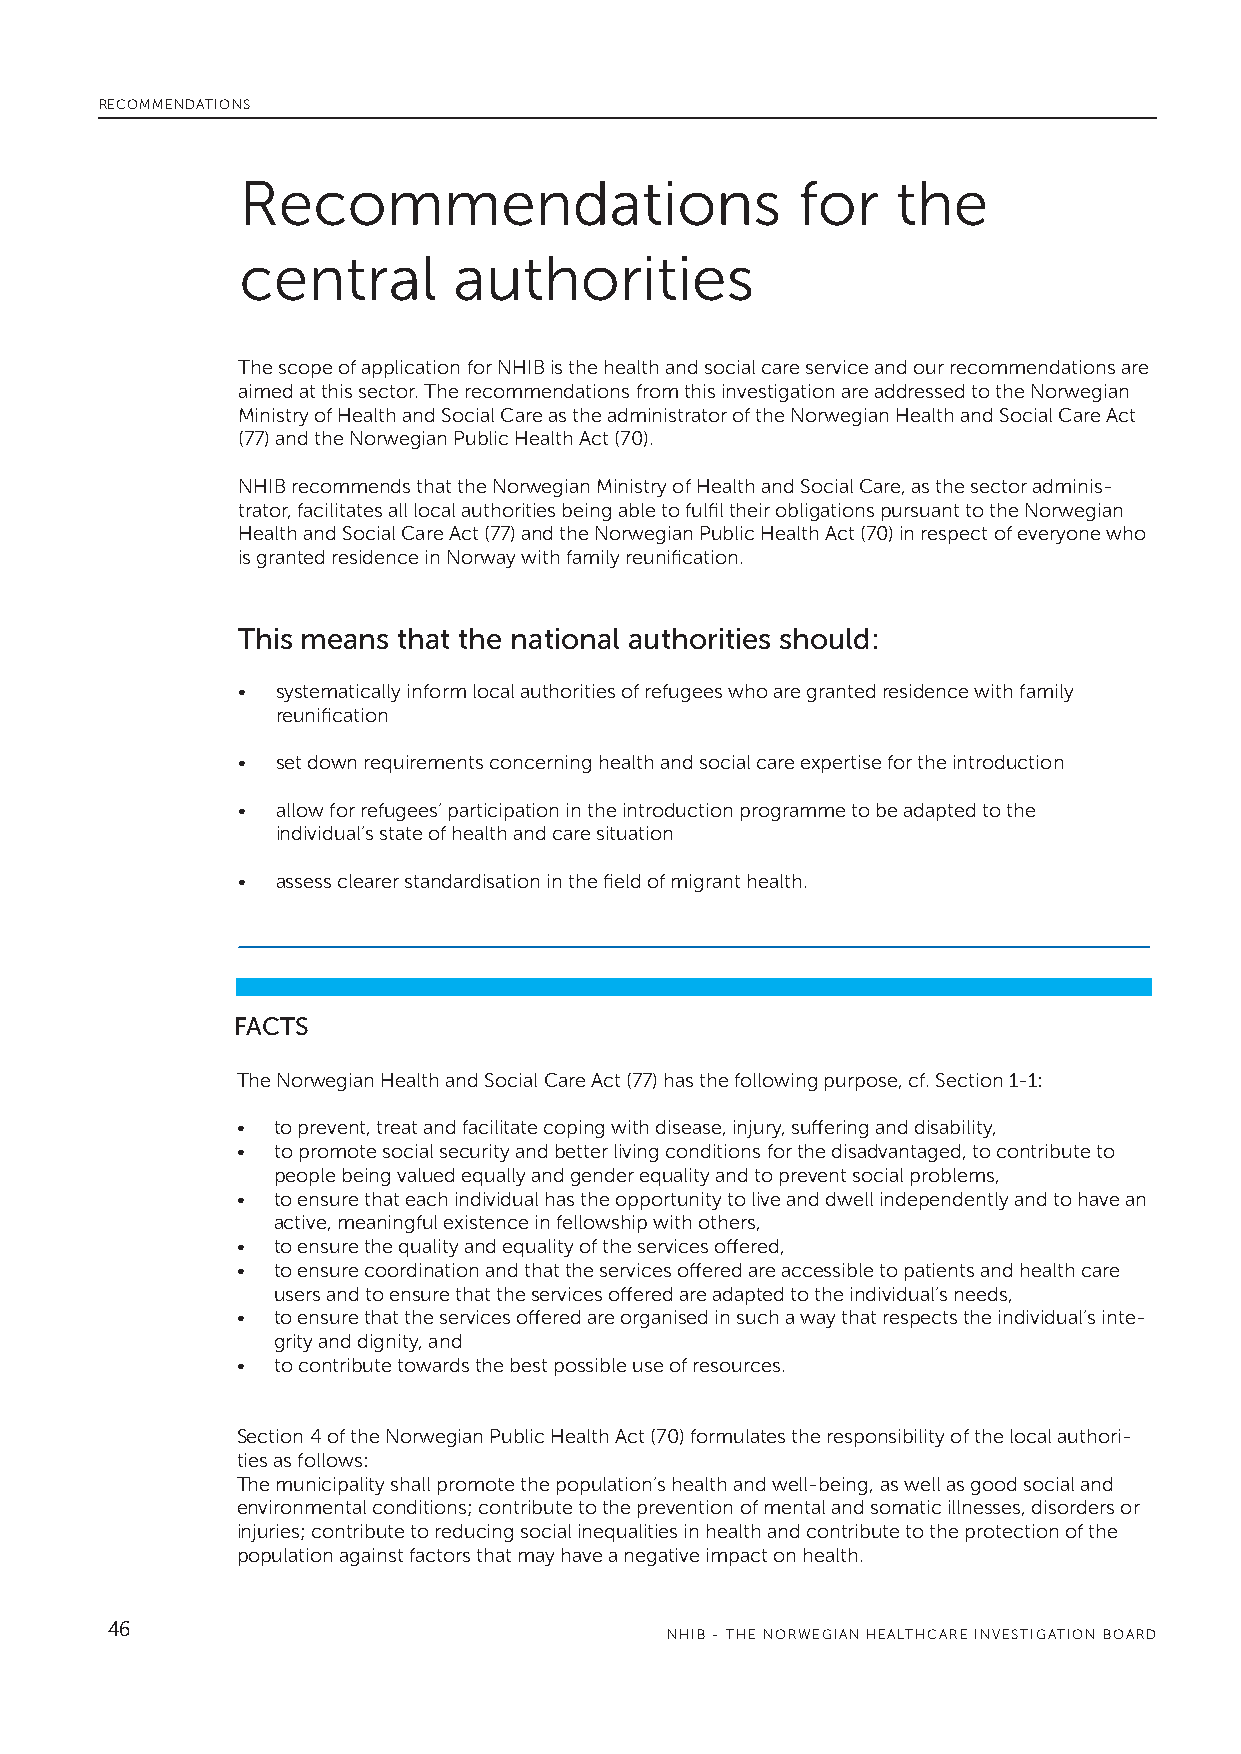
RECOMMENDATIONS
 Recommendations                      for   the
 central       authorities
 The scope of application for NHIB is the health and social care service and our recommendations are
 aimed at this sector. The recommendations from this investigation are addressed to the Norwegian
 Ministry of Health and Social Care as the administrator of the Norwegian Health and Social Care Act
 (77) and the Norwegian Public Health Act (70).
 NHIB recommends that the Norwegian Ministry of Health and Social Care, as the sector adminis-
 trator, facilitates all local authorities being able to fulfil their obligations pursuant to the Norwegian
 Health and Social Care Act (77) and the Norwegian Public Health Act (70) in respect of everyone who
 is granted residence in Norway with family reunification.
 This means that the national authorities should:
 • systematically inform local authorities of refugees who are granted residence with family
 • reunification
 •
 • set down requirements concerning health and social care expertise for the introduction
 • allow for refugees’ participation in the introduction programme to be adapted to the
 individual’s state of health and care situation
 •
 • assess clearer standardisation in the field of migrant health.
 •
 FACTS
 The Norwegian Health and Social Care Act (77) has the following purpose, cf. Section 1-1:
 • to prevent, treat and facilitate coping with disease, injury, suffering and disability,
 • to promote social security and better living conditions for the disadvantaged, to contribute to
 people being valued equally and gender equality and to prevent social problems,
 • to ensure that each individual has the opportunity to live and dwell independently and to have an
 active, meaningful existence in fellowship with others,
 • to ensure the quality and equality of the services offered,
 • to ensure coordination and that the services offered are accessible to patients and health care
 users and to ensure that the services offered are adapted to the individual’s needs,
 • to ensure that the services offered are organised in such a way that respects the individual’s inte-
 grity and dignity, and
 • to contribute towards the best possible use of resources.
 •
 Section 4 of the Norwegian Public Health Act (70) formulates the responsibility of the local authori-
 ties as follows:
 The municipality shall promote the population’s health and well-being, as well as good social and
 environmental conditions; contribute to the prevention of mental and somatic illnesses, disorders or
 injuries; contribute to reducing social inequalities in health and contribute to the protection of the
 population against factors that may have a negative impact on health.
 46
 NHIB - THE NORWEGIAN HEALTHCARE INVESTIGATION BOARD